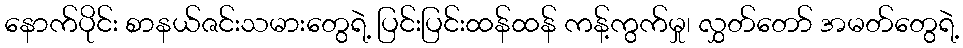
နောက်ပိုင်း စာနယ်ဇင်းသမားတွေရဲ့ ပြင်းပြင်းထန်ထန် ကန့်ကွက်မှု၊ လွှတ်တော် အမတ်တွေရဲ့